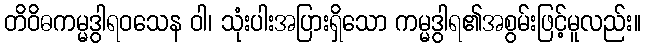
တိဝိဓကမ္မဒွါရဝသေန ဝါ၊ သုံးပါးအပြားရှိသော ကမ္မဒွါရ၏အစွမ်းဖြင့်မူလည်း။